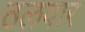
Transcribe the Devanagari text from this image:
ठलवार